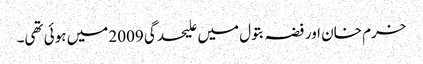
خرم خان اور فضہ بتول میں علیحدگی 2009 میں ہوئی تھی۔